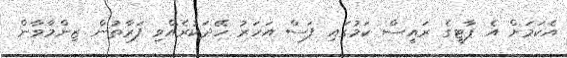
އެކަމަށް އެ ޕާޓީގެ ރައީސް ކަމުގައި ފަސް އަހަރު ހޭދަކުރެއްވި ފަރާތުން ޒިންމާވާން